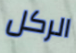
الركل